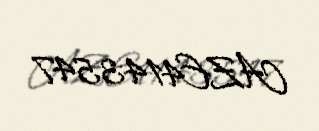
AZE4143547